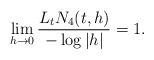
LaTeX: \begin{align*} \lim_{h\rightarrow 0} \frac{ L_t N_4(t,h)} {-\log |h| }= 1.\end{align*}